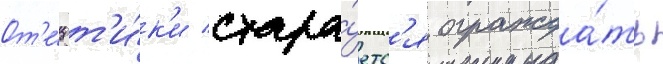
От'е́ц т'и́к'и стара́етс'я огражда́ть